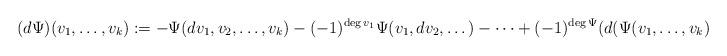
LaTeX: \begin{align*}(d\Psi)(v_1,\dots,v_k):=-\Psi(dv_1,v_2,\dots,v_k)-(-1)^{\deg v_1}\Psi(v_1,dv_2,\dots)-\dots+(-1)^{\deg \Psi}(d(\Psi(v_1,\dots,v_k)\end{align*}